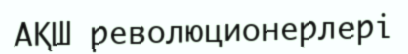
АҚШ революционерлері